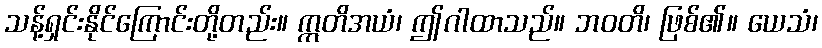
သန့်ရှင်းနိုင်ကြောင်းတို့တည်း။ ဣတိအယံ၊ ဤဂါထာသည်။ ဘဝတိ၊ ဖြစ်၏။ ယေသံ၊